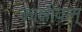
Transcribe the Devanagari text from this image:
काक्षीवान्